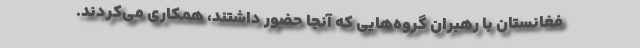
فغانستان با رهبران گروه‌هایی که آنجا حضور داشتند، همکاری می‌کردند.